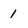
Character: 1